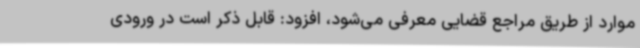
موارد از طریق مراجع قضایی معرفی می‌شود، افزود: قابل ذکر است در ورودی